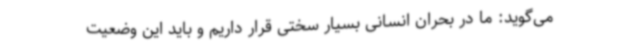
می‌گوید: ما در بحران انسانی بسیار سختی قرار داریم و باید این وضعیت